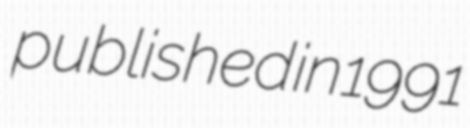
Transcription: published in 1991